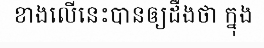
ខាងលើនេះបានឲ្យដឹងថា ក្នុង